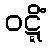
ဝဋ္ဋိံ